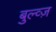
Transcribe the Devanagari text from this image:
बुल्व्ज़